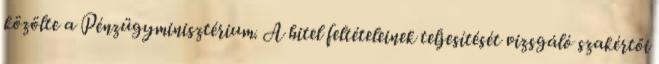
közölte a Pénzügyminisztérium. A hitel feltételeinek teljesítését vizsgáló szakértői